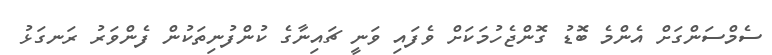
ސެމްސަންގަށް އެންމެ ބޮޑު ގޮންޖެހުމަކަށް ވެފައި ވަނީ ޗައިނާގެ ކުންފުނިތަކުން ފެންވަރު ރަނގަޅު